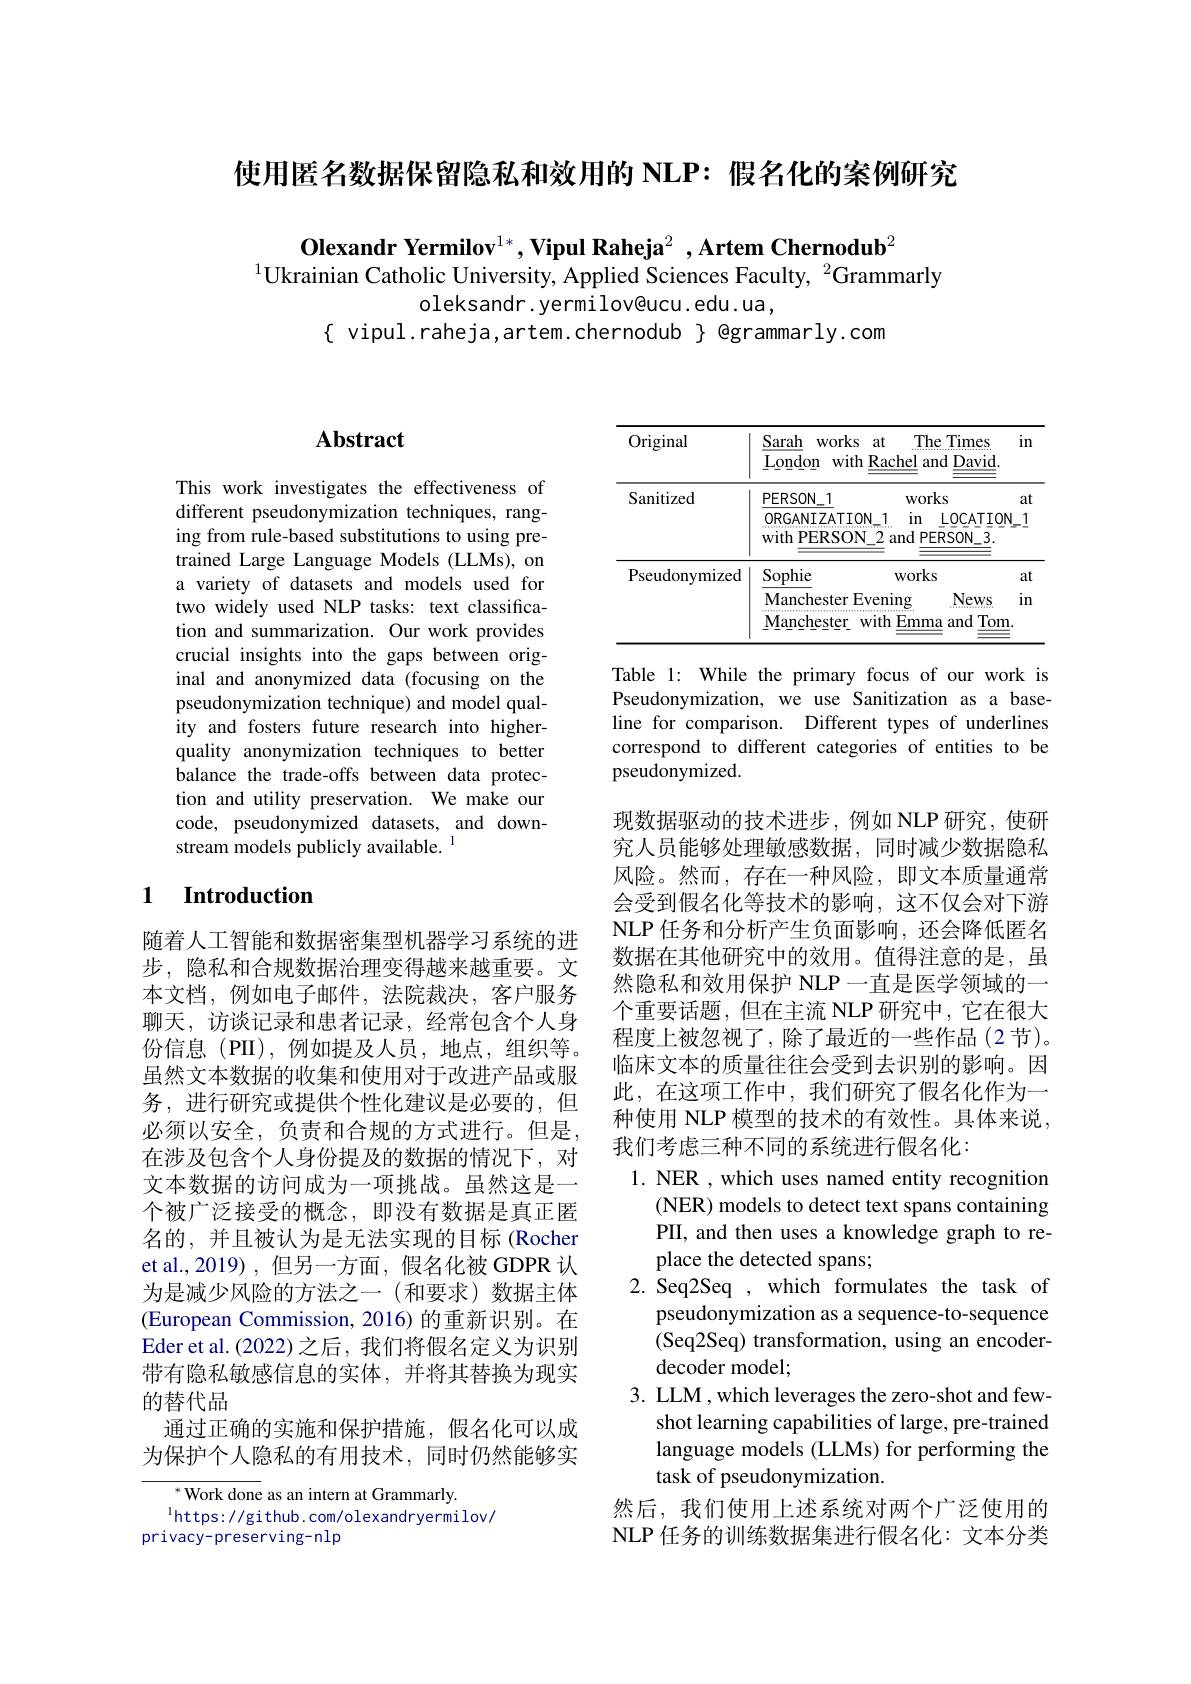
使用匿名数据保留隐私和效用的 NLP: 假名化的案例研究

$\textbf{Olexandr Yermilov}^{1*},\textbf{Vipul Raheja}^2,\textbf{Artem Chernodub}^2$
$^{1}$Ukrainian Catholic University, Applied Sciences Faculty, $^{2}$Grammarly
oleksandr.yermilov@ucu.edu.ua,
$\{$ vipul.raheja,artem.chernodub $\}$ @grammarly.com

### $\mathbf{Abstract}$

This work investigates the effectiveness of different pseudonymization techniques, ranging from rule-based substitutions to using pretrained Large Language Models (LLMs), on a variety of datasets and models used for two widely used NLP tasks: text classification and summarization. Our work provides crucial insights into the gaps between original and anonymized data (focusing on the pseudonymization technique) and model quality and fosters future research into higherquality anonymization techniques to better balance the trade-offs between data protection and utility preservation. We make our code, pseudonymized datasets, and downstream models publicly available. $^{\mathrm{l}}$

### 1 $\textbf{Introduction}$

随着人工智能和数据密集型机器学习系统的进步，隐私和合规数据治理变得越来越重要。文本文档，例如电子邮件，法院裁决，客户服务聊天，访谈记录和患者记录，经常包含个人身份信息(PII),例如提及人员，地点，组织等。虽然文本数据的收集和使用对于改进产品或服务，进行研究或提供个性化建议是必要的，但必须以安全，负责和合规的方式进行。但是， 在涉及包含个人身份提及的数据的情况下，对文本数据的访问成为一项挑战。虽然这是一个被广泛接受的概念，即没有数据是真正匿名的，并且被认为是无法实现的目标 (Rocher et al.,2019) ,但另一方面，假名化被 GDPR 认为是减少风险的方法之一(和要求)数据主体(European Commission, 2016) 的重新识别。在Eder et al. (2022) 之后，我们将假名定义为识别带有隐私敏感信息的实体，并将其替换为现实的替代品
通过正确的实施和保护措施，假名化可以成为保护个人隐私的有用技术，同时仍然能够实

$^{*}$Work done as an intern at Grammarly.
$^{\mathrm{l}}$https://github.com/olexandryermilov/
privacy-preserving-nlp

<table>
	<tbody>
		<tr>
			<th>Original</th>
			<th>Sarah works at London with $1Racl$</th>
			<th>at The Times Rachel and David</th>
			<th>$in$</th>
		</tr>
		<tr>
			<td>Sanitized</td>
			<td>$PERSON_{-}1$ ORGANIZATION 1 111 1110年1月18年11月1日 with $\textbf{PERSON}$ $\sqrt{2}$ ar</td>
			<td>works 1 $in$ LOCATIO 2 and PERSON\_3.</td>
			<td>at $V_{-}1$</td>
		</tr>
		<tr>
			<td>${\mathrm{Pseudonymized}}$</td>
			<td>Sophie $V$ Manchester Evenin Manchester with</td>
			<td>works vening News 1 vith $\underline{Emma}$ Ton and</td>
			<td>at $1n$</td>
		</tr>
	</tbody>
</table>

Table 1: While the primary focus of our work is Pseudonymization, we use Sanitization as a baseline for comparison. Different types of underlines correspond to different categories of entities to be pseudonymized.

现数据驱动的技术进步，例如 NLP 研究，使研究人员能够处理敏感数据，同时减少数据隐私风险。然而，存在一种风险，即文本质量通常会受到假名化等技术的影响，这不仅会对下游NLP 任务和分析产生负面影响，还会降低匿名数据在其他研究中的效用。值得注意的是，虽然隐私和效用保护 NLP 一直是医学领域的一个重要话题，但在主流 NLP 研究中，它在很大程度上被忽视了，除了最近的一些作品(2节)。临床文本的质量往往会受到去识别的影响。因此，在这项工作中，我们研究了假名化作为一种使用 NLP 模型的技术的有效性。具体来说， 我们考虑三种不同的系统进行假名化：

1. NER , which uses named entity recognition
(NER) models to detect text spans containing PII, and then uses a knowledge graph to replace the detected spans;
2. Seq2Seq , which formulates the task of
pseudonymization as a sequence-to-sequence (Seq2Seq) transformation, using an encoderdecoder model;
3. LLM , which leverages the zero-shot and few-
shot learning capabilities of large, pre-trained language models (LLMs) for performing the task of pseudonymization.
然后，我们使用上述系统对两个广泛使用的NLP 任务的训练数据集进行假名化：文本分类